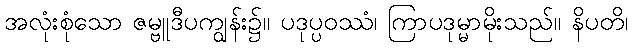
အလုံးစုံသော ဇမ္ဗူဒီပကျွန်း၌။ ပဒုပ္ပဝဿံ၊ ကြာပဒုမ္မာမိုးသည်။ နိပတိ၊